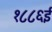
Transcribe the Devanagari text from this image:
१८८६ई